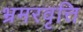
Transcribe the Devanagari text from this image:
भ्रमरवृत्ति